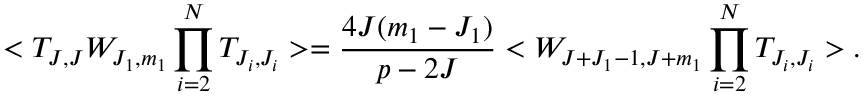
< T _ { J , J } W _ { J _ { 1 } , m _ { 1 } } \prod _ { i = 2 } ^ { N } T _ { J _ { i } , J _ { i } } > = \frac { 4 J ( m _ { 1 } - J _ { 1 } ) } { p - 2 J } < W _ { J + J _ { 1 } - 1 , J + m _ { 1 } } \prod _ { i = 2 } ^ { N } T _ { J _ { i } , J _ { i } } > .